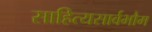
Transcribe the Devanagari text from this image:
साहित्यसार्वभौम